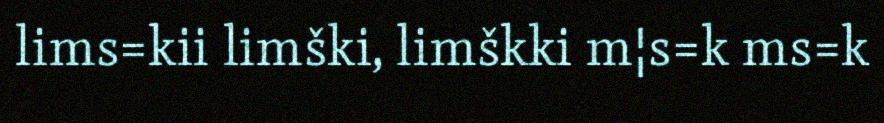
lims=kii limški, limškki m¦s=k ms=k